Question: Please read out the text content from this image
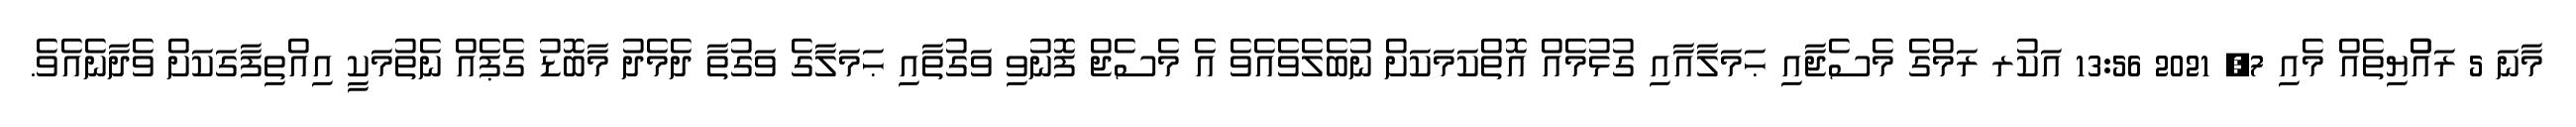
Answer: މާނަ 5 ރައްްޔިތެއް މެއި 7, 2021 13:56 އަކުރ ރަމްގެ މެސެޖާއި ޙަމަލާއާއި ގުޅުމެއް އޮތްކަމަކަށް ނުބެލެވެއެވެ އެ މެސެޖް ފޮނުވި ވަގުތާއި ޙަމަލާގެ ވަގުތާ ދެމެދު މާބޮޑު ގެޕެއް ނެތުމަކީ އިއްތިފާގަކަށް ވެދާނެއެވެ.